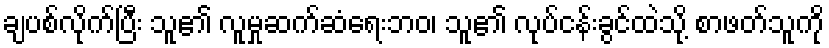
ချပစ်လိုက်ပြီး သူ၏ လူမှုဆက်ဆံရေးဘဝ၊ သူ၏ လုပ်ငန်းခွင်ထဲသို့ စာဖတ်သူကို